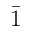
\bar { 1 }